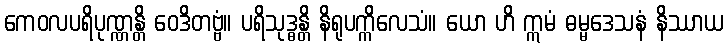
ကေဝလပရိပုဏ္ဏန္တိ ဝေဒိတဗ္ဗံ။ ပရိသုဒ္ဓန္တိ နိရုပက္ကိလေသံ။ ယော ဟိ ဣမံ ဓမ္မဒေသနံ နိဿာယ